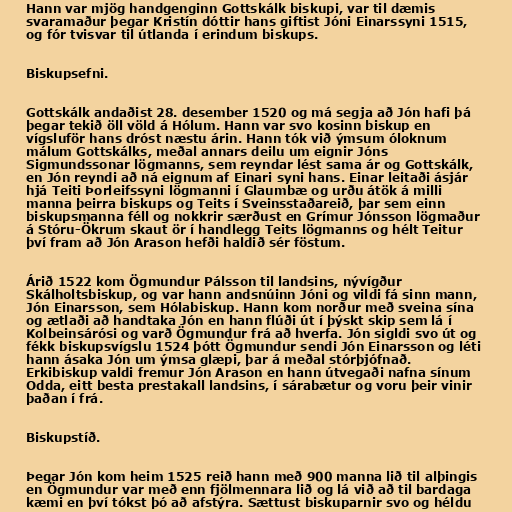
Hann var mjög handgenginn Gottskálk biskupi, var til dæmis
svaramaður þegar Kristín dóttir hans giftist Jóni Einarssyni 1515,
og fór tvisvar til útlanda í erindum biskups.

Biskupsefni.

Gottskálk andaðist 28. desember 1520 og má segja að Jón hafi þá
þegar tekið öll völd á Hólum. Hann var svo kosinn biskup en
vígsluför hans dróst næstu árin. Hann tók við ýmsum óloknum
málum Gottskálks, meðal annars deilu um eignir Jóns
Sigmundssonar lögmanns, sem reyndar lést sama ár og Gottskálk,
en Jón reyndi að ná eignum af Einari syni hans. Einar leitaði ásjár
hjá Teiti Þorleifssyni lögmanni í Glaumbæ og urðu átök á milli
manna þeirra biskups og Teits í Sveinsstaðareið, þar sem einn
biskupsmanna féll og nokkrir særðust en Grímur Jónsson lögmaður
á Stóru-Ökrum skaut ör í handlegg Teits lögmanns og hélt Teitur
því fram að Jón Arason hefði haldið sér föstum.

Árið 1522 kom Ögmundur Pálsson til landsins, nývígður
Skálholtsbiskup, og var hann andsnúinn Jóni og vildi fá sinn mann,
Jón Einarsson, sem Hólabiskup. Hann kom norður með sveina sína
og ætlaði að handtaka Jón en hann flúði út í þýskt skip sem lá í
Kolbeinsárósi og varð Ögmundur frá að hverfa. Jón sigldi svo út og
fékk biskupsvígslu 1524 þótt Ögmundur sendi Jón Einarsson og léti
hann ásaka Jón um ýmsa glæpi, þar á meðal stórþjófnað.
Erkibiskup valdi fremur Jón Arason en hann útvegaði nafna sínum
Odda, eitt besta prestakall landsins, í sárabætur og voru þeir vinir
þaðan í frá.

Biskupstíð.

Þegar Jón kom heim 1525 reið hann með 900 manna lið til alþingis
en Ögmundur var með enn fjölmennara lið og lá við að til bardaga
kæmi en því tókst þó að afstýra. Sættust biskuparnir svo og héldu